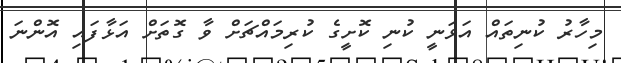
މިހާރު ކުނިތައް އަޅަނީ ކުނި ކޮށީގެ ކުރިމައްޗަށް ވާ ގޮތަށް އަޅާފައި އޮންނަ